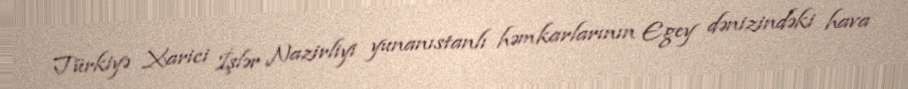
Türkiyə Xarici İşlər Nazirliyi yunanıstanlı həmkarlarının Egey dənizindəki hava